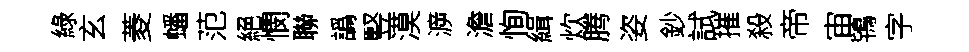
綠玄菱蟠范絕憫聯譌竪漠㴑澹恂緝炊腾姿鈔試摧殺帝宙鴇字